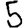
Digit: 5